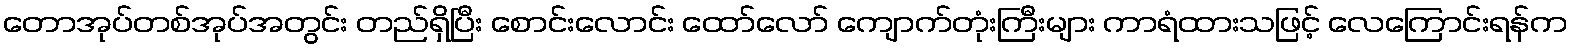
တောအုပ်တစ်အုပ်အတွင်း တည်ရှိပြီး စောင်းလောင်း ထော်လော် ကျောက်တုံးကြီးများ ကာရံထားသဖြင့် လေကြောင်းရန်က